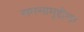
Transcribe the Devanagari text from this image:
समसामुद्दौला